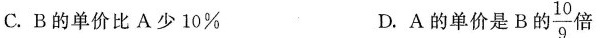
C.B的单价比A少10\% D.A的单价是B的\frac{10}{9} 倍